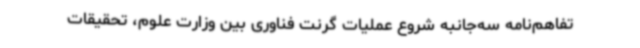
تفاهم‌نامه سه‌جانبه شروع عملیات گرنت فناوری بین وزارت علوم، تحقیقات